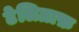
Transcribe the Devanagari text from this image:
टेलिग्राफ़